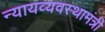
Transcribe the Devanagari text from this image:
न्यायव्यवस्थामंत्री